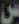
س